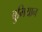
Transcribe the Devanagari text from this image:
बुमियान